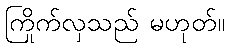
ကြိုက်လှသည် မဟုတ်။